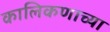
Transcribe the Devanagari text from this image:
कालिकणाच्या